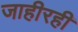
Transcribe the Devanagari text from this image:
जाहीरही